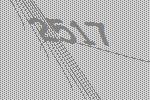
2517